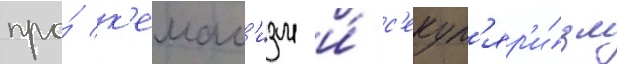
про́ к'емал'изм и́ с'екул'яр'и́зм